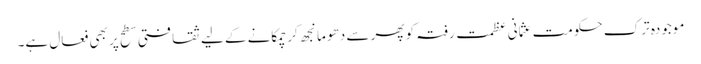
موجودہ ترک حکومت عثمانی عظمت رفتہ کو پھر سے دھو مانجھ کر چمکانے کے لیے ثقافتی سطح پر بھی فعال ہے۔